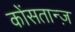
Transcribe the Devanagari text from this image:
कोंसतान्ज़